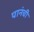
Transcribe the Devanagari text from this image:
पानंची